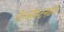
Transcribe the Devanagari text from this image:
गॅल्व्हेस्टनध्ये